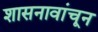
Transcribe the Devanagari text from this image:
शासनावांचून